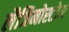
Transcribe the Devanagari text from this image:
लैजिनोस्टोम